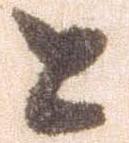
と